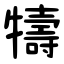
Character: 㹗